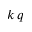
k \, q